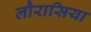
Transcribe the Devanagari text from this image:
लौरासिया